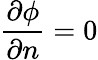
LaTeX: \frac{\partial\phi}{\partial n}=0